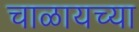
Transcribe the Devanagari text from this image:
चाळायच्या